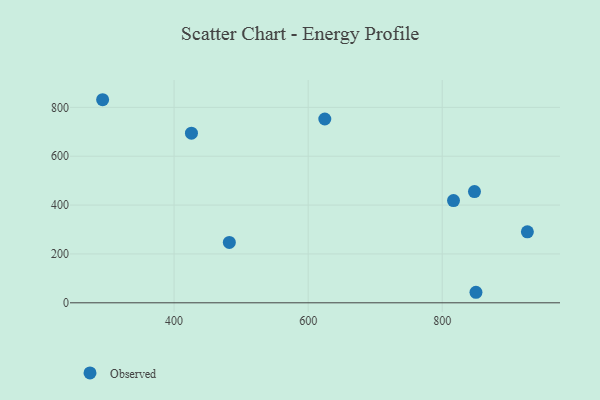
{"axis": {"x": "Distance", "y": "Yield"}, "legend": ["Observed"], "data": [{"x": "816.8", "y": 418.3, "type": "Observed"}, {"x": "293.4", "y": 831.3, "type": "Observed"}, {"x": "850.3", "y": 43.1, "type": "Observed"}, {"x": "927.0", "y": 290.5, "type": "Observed"}, {"x": "425.9", "y": 694.2, "type": "Observed"}, {"x": "848.1", "y": 455.4, "type": "Observed"}, {"x": "624.8", "y": 752.5, "type": "Observed"}, {"x": "482.4", "y": 247.0, "type": "Observed"}]}